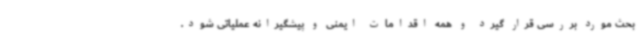
بحث مورد بررسی قرار گیرد و همه اقدامات ایمنی و پیشگیرانه عملیاتی شود.